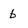
Character: 6